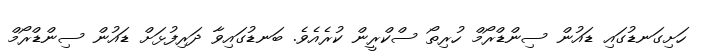
ހަށިގަނޑުގައި ޑައުން ސިންޑްރޯމް ހުރިތޯ ސްކްރީން ކުރެއެވެ. ބަނޑުގައިވާ ދަރިފުޅަށް ޑައުން ސިންޑްރޯމް